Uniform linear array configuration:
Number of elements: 64
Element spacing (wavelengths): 0.75
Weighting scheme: cosine
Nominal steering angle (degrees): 15
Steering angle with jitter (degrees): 16.716
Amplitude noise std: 0.05
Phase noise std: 0.05

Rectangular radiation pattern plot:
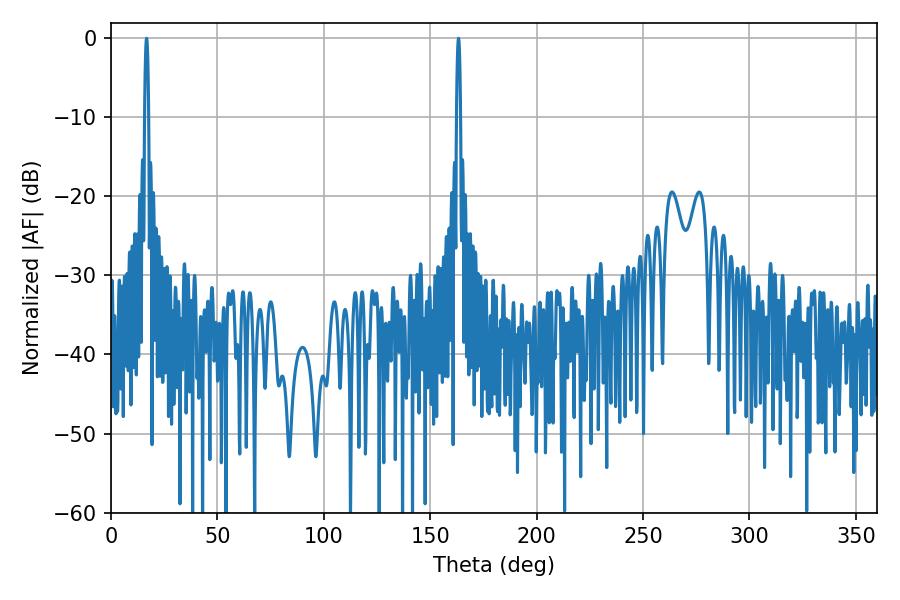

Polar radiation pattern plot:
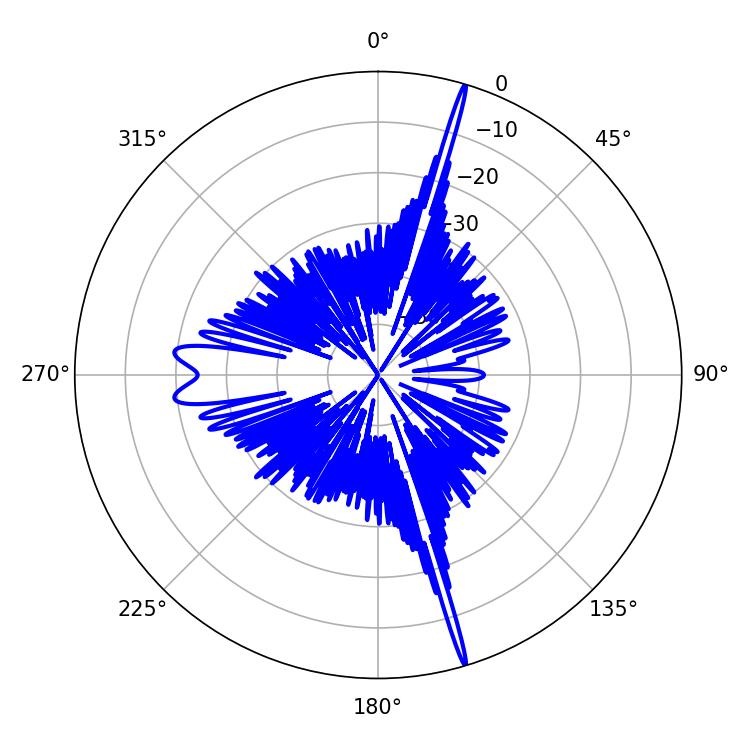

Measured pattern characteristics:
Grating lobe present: TRUE
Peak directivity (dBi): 23.276
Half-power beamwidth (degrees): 1.08
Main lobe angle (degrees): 16.74